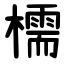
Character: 檽